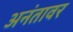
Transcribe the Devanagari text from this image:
अनंतावर